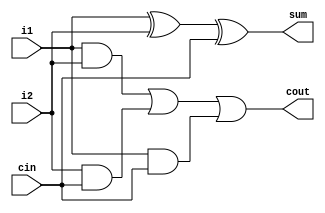
module fa_d(sum, cout, i1, i2, cin);
	
	input i1, i2, cin;
	output sum, cout;

	assign sum = i1 ^ i2 ^ cin;
	assign cout = (i1 & i2) | (i2 & cin) | (i1 & cin);

endmodule